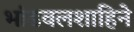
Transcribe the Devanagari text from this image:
भांडवलशाहिने